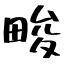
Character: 畯